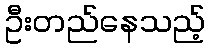
ဦးတည်နေသည့်